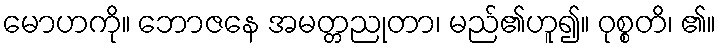
မောဟကို။ ဘောဇနေ အမတ္တညုတာ၊ မည်၏ဟူ၍။ ဝုစ္စတိ၊ ၏။